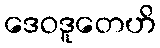
ဒေဝဒူတေဟိ